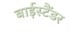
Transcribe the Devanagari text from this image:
बाईस्टैंडर